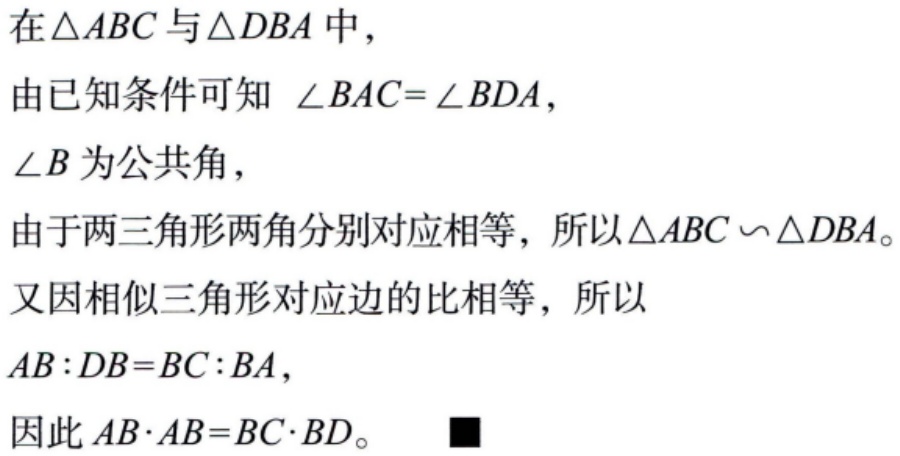
在$\triangle ABC$与$\triangle DBA$中，
由已知条件可知 $\angle BAC = \angle BDA$，
$\angle B$为公共角，
由于两三角形两角分别对应相等，所以$\triangle ABC\backsim\triangle DBA$。
又因相似三角形对应边的比相等，所以
$AB:DB = BC:BA$，
因此 $AB\cdot AB = BC\cdot BD$。■